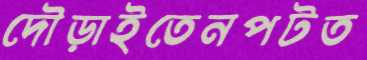
দৌড়াইতেনপটত